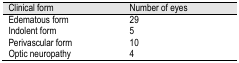
<table><thead><tr><td><b>Clinical form</b></td><td><b>Number of eyes</b></td></tr></thead><tbody><tr><td><b>Edematous form</b></td><td><b>29</b></td></tr><tr><td><b>Indolent form</b></td><td><b>5</b></td></tr><tr><td><b>Perivascular form</b></td><td><b>10</b></td></tr><tr><td><b>Optic neuropathy</b></td><td><b>4</b></td></tr></tbody></table>